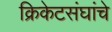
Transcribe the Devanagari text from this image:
क्रिकेटसंघांचे